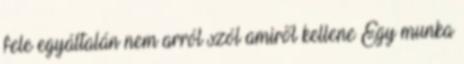
fele egyáltalán nem arról szól amiről kellene Egy munka